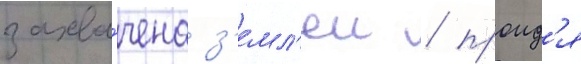
захва́чена з'емл'еи / проид'я